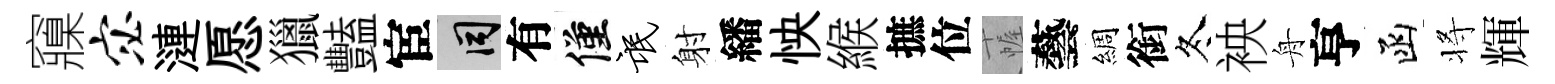
䆿宓漣愿獵豔宦间有僅氓射繙怏緱摭位幄藝綢銜冬䘧舟亨函将輝